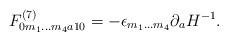
LaTeX: \begin{align*}F^{(7)}_{0m_1\ldots m_4 a 10}=-\epsilon_{m_1\ldots m_4}\partial_a H^{-1}.\end{align*}